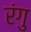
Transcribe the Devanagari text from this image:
रंगु